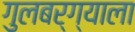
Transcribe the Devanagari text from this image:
गुलबर्ग्याला